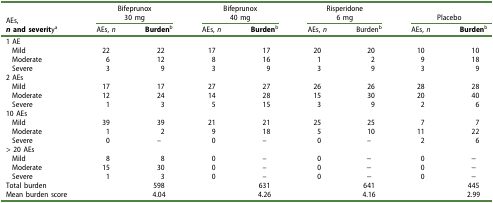
<table><thead><tr><td><b>AEs,</b></td><td colspan="2"><b>Bifeprunox30 mg</b></td><td colspan="2"><b>Bifeprunox40 mg</b></td><td colspan="2"><b>Risperidone6 mg</b></td><td colspan="2"><b>Placebo</b></td></tr><tr><td><b><i>n</i> and severity<sup>a</sup></b></td><td><b>AEs, <i>n</i></b></td><td><b>Burden<sup>b</sup></b></td><td><b>AEs, <i>n</i></b></td><td><b>Burden<sup>b</sup></b></td><td><b>AEs, <i>n</i></b></td><td><b>Burden<sup>b</sup></b></td><td><b>AEs, <i>n</i></b></td><td><b>Burden<sup>b</sup></b></td></tr></thead><tbody><tr><td>1 AE</td><td> </td><td> </td><td> </td><td> </td><td> </td><td> </td><td> </td><td> </td></tr><tr><td>Mild</td><td>22</td><td>22</td><td>17</td><td>17</td><td>20</td><td>20</td><td>10</td><td>10</td></tr><tr><td>Moderate</td><td>6</td><td>12</td><td>8</td><td>16</td><td>1</td><td>2</td><td>9</td><td>18</td></tr><tr><td>Severe</td><td>3</td><td>9</td><td>3</td><td>9</td><td>3</td><td>9</td><td>3</td><td>9</td></tr><tr><td>2 AEs</td><td> </td><td> </td><td> </td><td> </td><td> </td><td> </td><td> </td><td> </td></tr><tr><td>Mild</td><td>17</td><td>17</td><td>27</td><td>27</td><td>26</td><td>26</td><td>28</td><td>28</td></tr><tr><td>Moderate</td><td>12</td><td>24</td><td>14</td><td>28</td><td>15</td><td>30</td><td>20</td><td>40</td></tr><tr><td>Severe</td><td>1</td><td>3</td><td>5</td><td>15</td><td>3</td><td>9</td><td>2</td><td>6</td></tr><tr><td>10 AEs</td><td> </td><td> </td><td> </td><td> </td><td> </td><td> </td><td> </td><td> </td></tr><tr><td>Mild</td><td>39</td><td>39</td><td>21</td><td>21</td><td>25</td><td>25</td><td>7</td><td>7</td></tr><tr><td>Moderate</td><td>1</td><td>2</td><td>9</td><td>18</td><td>5</td><td>10</td><td>11</td><td>22</td></tr><tr><td>Severe</td><td>0</td><td>–</td><td>0</td><td>–</td><td>0</td><td>–</td><td>2</td><td>6</td></tr><tr><td>&gt; 20 AEs</td><td> </td><td> </td><td> </td><td> </td><td> </td><td> </td><td> </td><td> </td></tr><tr><td>Mild</td><td>8</td><td>8</td><td>0</td><td>–</td><td>0</td><td>−</td><td>0</td><td>−</td></tr><tr><td>Moderate</td><td>15</td><td>30</td><td>0</td><td>–</td><td>0</td><td>−</td><td>0</td><td>−</td></tr><tr><td>Severe</td><td>1</td><td>3</td><td>0</td><td>–</td><td>0</td><td>−</td><td>0</td><td>−</td></tr><tr><td>Total burden</td><td> </td><td>598</td><td> </td><td>631</td><td> </td><td>641</td><td> </td><td>445</td></tr><tr><td>Mean burden score</td><td> </td><td>4.04</td><td> </td><td>4.26</td><td> </td><td>4.16</td><td> </td><td>2.99</td></tr></tbody></table>